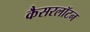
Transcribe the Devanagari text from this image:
कैसरलॉटन